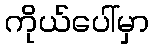
ကိုယ်ပေါ်မှာ